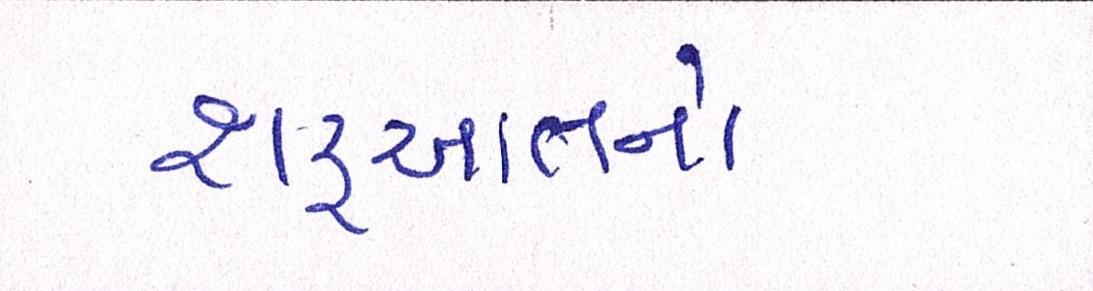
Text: શરૂઆતનો